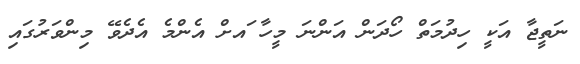
ނަތީޖާ އަކީ ހިދުމަތް ހޯދަން އަންނަ މީހާ ައށް އެންމެ އެދެވޭ މިންވަރުގައި